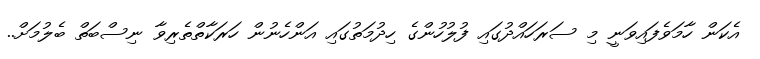
އެކަން ހާމަވެފައިވަނީ މި ސަރަހައްދުގައި ފުލުހުންގެ ހިދުމަތުގައި އަންހެނުން ހަރަކާތްތެރިވާ ނިސްބަތް ބެލުމަށް..